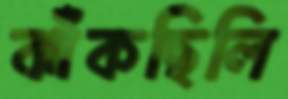
ঝাঁকছিলি